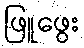
ဖြူဖွေး